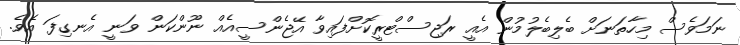
ނަމަވެސް މިހާތަނަށް ބެލިބެލުމުން އެއީ ރަޖިސްޓްރީކޮށްފައިވާ އޭޖެންސީއެއް ނޫންކަން ވަނީ އެނގިފަ އެވެ.